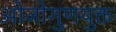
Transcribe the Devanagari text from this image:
ओजोगुणयुक्त